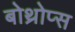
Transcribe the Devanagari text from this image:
बोथ्रोप्स